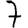
Digit: 7